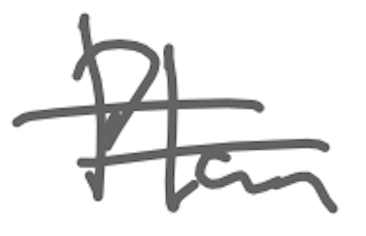
Text: Plan
Cross-out: double-line
Writing tool: digital_gray